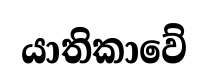
යාතිකාවේ